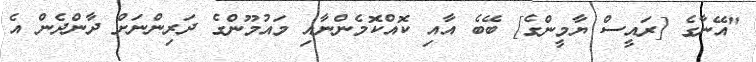
"އޭނާގެ [ރައީސް ޔާމީންގެ] ބޭބެ އާއި ކޮއްކޮމެންނާއި މައުމޫންގެ ދަރިންނަށް ދާންދެން އެ